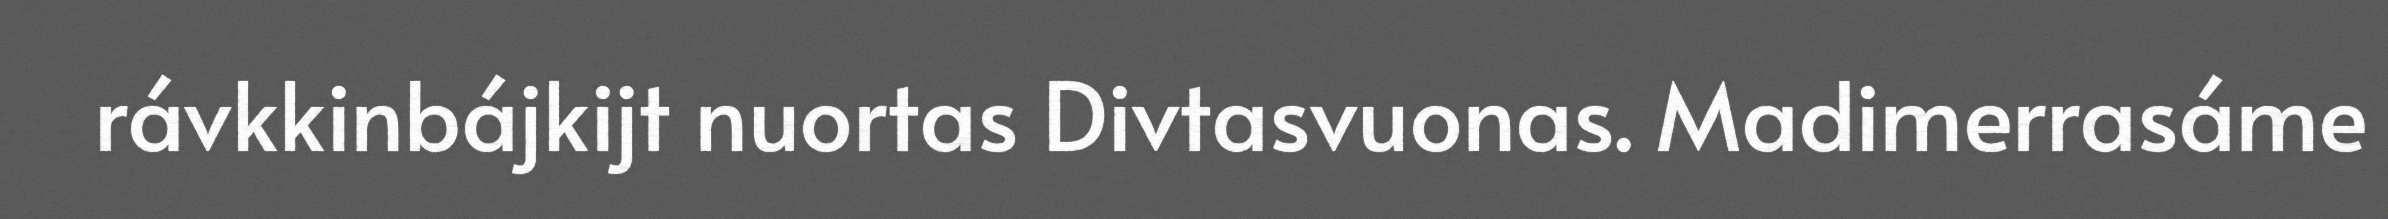
rávkkinbájkijt nuortas Divtasvuonas. Madimerrasáme